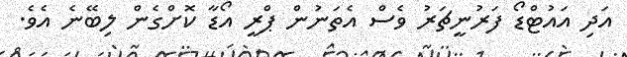
އަދި އައުޓްޑޯ ފަރުނީޗަރު ވެސް އެތަނުން ޕްރީ އޯޑާ ކޮށްގެން ލިބޭނެ އެވެ.